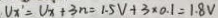
V _ { x ^ { \prime } } = V _ { x } + 3 n = 1 . 5 V + 3 \times 0 . 1 = 1 . 8 V